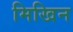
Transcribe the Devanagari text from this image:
मिखिन